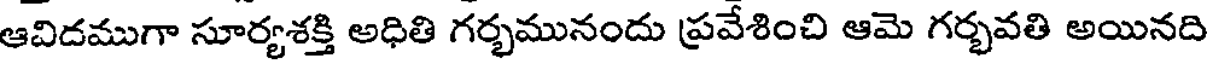
ఆవిదముగా సూర్యశక్తి అధితి గర్భమునందు ప్రవేశించి ఆమె గర్భవతి అయినది